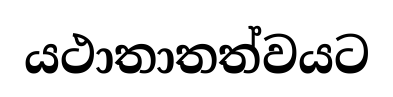
යථාතාතත්වයට